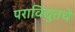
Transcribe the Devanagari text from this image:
पराविद्युतचे